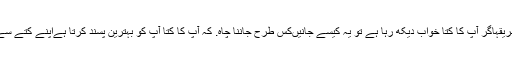
اس کے دانت سے اپنے کتے کی عمر کا تعین کیسے کریںاپنے کتے کو خوش رکھنے کا طریقہاگر آپ کا کتا خواب دیکھ رہا ہے تو یہ کیسے جانیںکس طرح جاننا چاہ. کہ آپ کا کتا آپ کو بہترین پسند کرتا ہےاپنے کتے سے کیسے پیار کریںآپ کو کتوں سے پیار کرنے کا طریقہاپنے کتے کو کیسے رجسٹر کریں؟